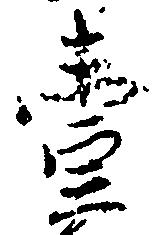
壱